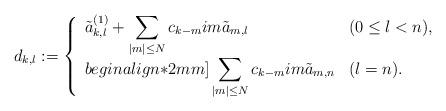
LaTeX: \begin{align*}d_{k,l}:=\left\{\begin{array}{ll}\displaystyle\tilde{a}_{k,l}^{(1)}+\sum_{|m|\le N}c_{k-m}im\tilde{a}_{m,l}&(0\le l<n),\\begin{align*}2mm]\displaystyle\sum_{|m|\le N}c_{k-m}im\tilde{a}_{m,n}&(l=n).\end{array}\right.\end{align*}